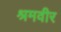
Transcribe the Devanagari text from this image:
श्रमवीर